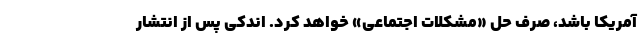
آمریکا باشد، صرف حل «مشکلات اجتماعی» خواهد کرد. اندکی پس از انتشار